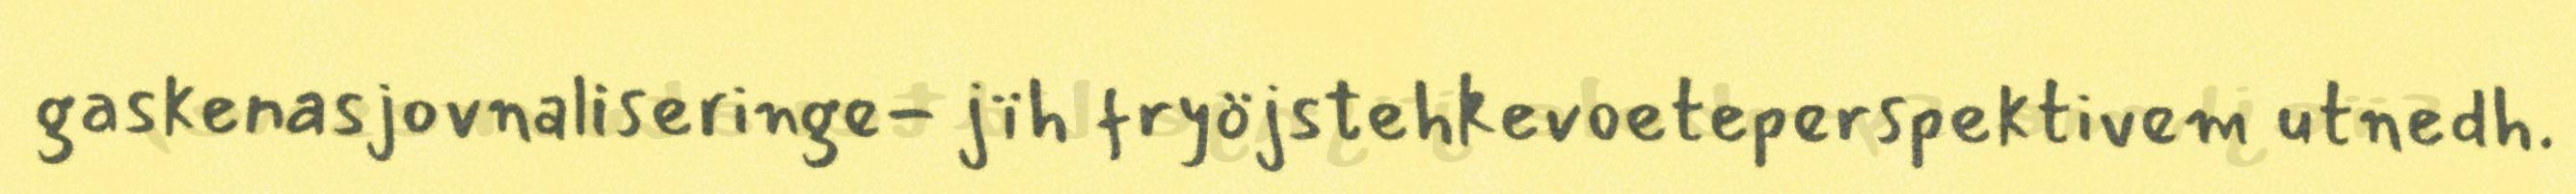
gaskenasjovnaliseringe- jïh fryöjstehkevoeteperspektivem utnedh.